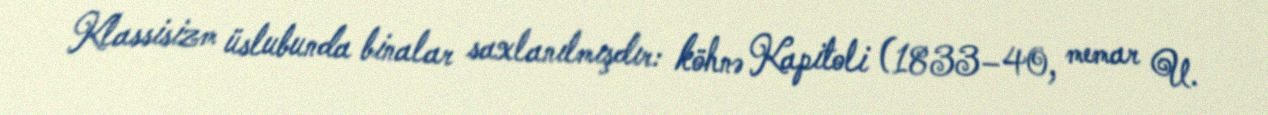
Klassisizm üslubunda binalar saxlanılmışdır: köhnə Kapitoli (1833–40, memar U.